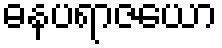
ဓနပရာဇယော